Annual report of the Civil Veterinary Department, Bengal, and of the Bengal Veterinary College for the year 1904-1905 - 1904-1905
Year: 1904
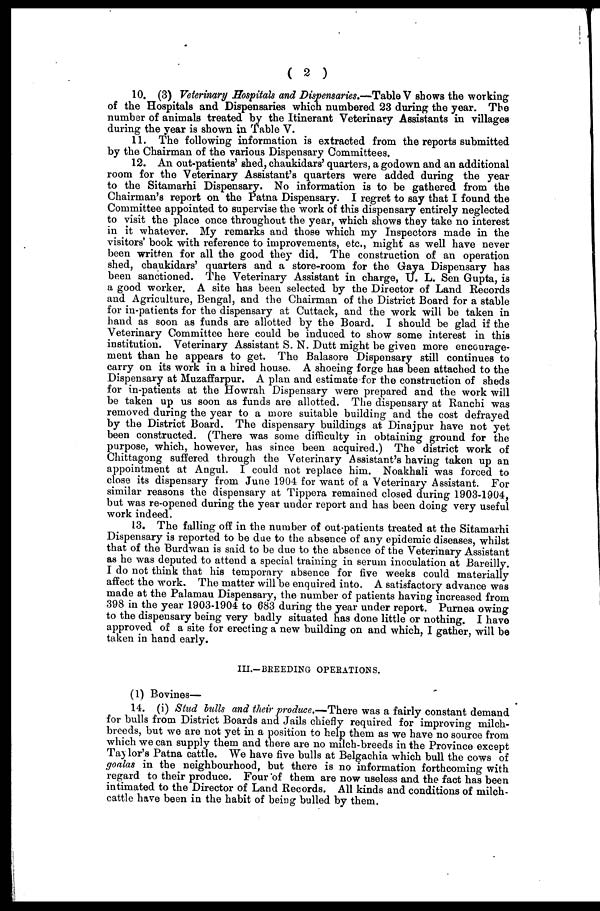
( 2 )
10. (3) Veterinary Hospitals and Dispensaries.—Table V shows the working
of the Hospitals and Dispensaries which numbered 23 during the year. The
number of animals treated by the Itinerant Veterinary Assistants in villages
during the year is shown in Table V.
11. The following information is extracted from the reports submitted
by the Chairman of the various Dispensary Committees.
12. An out-patients' shed, chaukidars' quarters, a godown and an additional
room for the Veterinary Assistant's quarters were added during the year
to the Sitamarhi Dispensary. No information is to be gathered from the
Chairman's report on the Patna Dispensary. I regret to say that I found the
Committee appointed to supervise the work of this dispensary entirely neglected
to visit the place once throughout the year, which shows they take no interest
in it whatever. My remarks and those which my Inspectors made in the
visitors' book with reference to improvements, etc., might as well have never
been written for all the good they did. The construction of an operation
shed, chaukidars' quarters and a store-room for the Gaya Dispensary has
been sanctioned. The Veterinary Assistant in charge, U. L. Sen Gupta, is
a good worker. A site has been selected by the Director of Land Records
and Agriculture, Bengal, and the Chairman of the District Board for a stable
for in-patients for the dispensary at Cuttack, and the work will be taken in
hand as soon as funds are allotted by the Board. I should be glad if the
Veterinary Committee here could be induced to show some interest in this
institution. Veterinary Assistant S. N. Dutt might be given more encourage-
ment than he appears to get. The Balasore Dispensary still continues to
carry on its work in a hired house. A shoeing forge has been attached to the
Dispensary at Muzaffarpur. A plan and estimate for the construction of sheds
for in-patients at the Howrah Dispensary were prepared and the work will
be taken up us soon as funds are allotted. The dispensary at Ranchi was
removed during the year to a more suitable building and the cost defrayed
by the District Board. The dispensary buildings at Dinajpur have not yet
been constructed. (There was some difficulty in obtaining ground for the
purpose, which, however, has since been acquired.) The district work of
Chittagong suffered through the Veterinary Assistant's having taken up an
appointment at Angul. I could not replace him. Noakhali was forced to
close its dispensary from June 1904 for want of a Veterinary Assistant. For
similar reasons the dispensary at Tippera remained closed during 1903-1904,
but was re-opened during the year under report and has been doing very useful
work indeed.
13. The falling off in the number of out-patients treated at the Sitamarhi
Dispensary is reported to be due to the absence of any epidemic diseases, whilst
that of the Burdwan is said to be due to the absence of the Veterinary Assistant
as he was deputed to attend a special training in serum inoculation at Bareilly.
I do not think that his temporary absence for five weeks could materially
affect the work. The matter will be enquired into. A satisfactory advance was
made at the Palamau Dispensary, the number of patients having increased from
398 in the year 1903-1904 to 683 during the year under report. Purnea owing
to the dispensary being very badly situated has done little or nothing. I have
approved of a site for erecting a new building on and which, I gather, will be
taken in hand early.
III.-BREEDING OPERATIONS.
(1) Bovines—
14. (i) Stud bulls and their produce.—There was a fairly constant demand
for bulls from District Boards and Jails chiefly required for improving milch-
breeds, but we are not yet in a position to help them as we have no source from
which we can supply them and there are no milch-breeds in the Province except
Taylor's Patna cattle. We have five bulls at Belgachia which bull the cows of
goalas in the neighbourhood, but there is no information forthcoming with
regard to their produce. Four of them are now useless and the fact has been
intimated to the Director of Land Records. All kinds and conditions of milch-
cattle have been in the habit of being bulled by them.